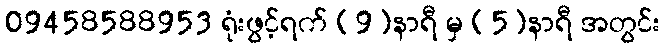
09458588953 ရုံးဖွင့်ရက် (9)နာရီ မှ (5)နာရီ အတွင်း